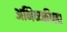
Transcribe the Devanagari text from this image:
अभिव्य्क्तीला